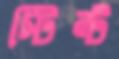
স্টিন্ট